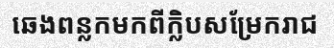
ឆេងពន្លកមកពីក្លិបសម្រែករាជ